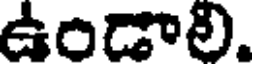
ఉండాలి.